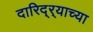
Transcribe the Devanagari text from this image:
दारिद्‌र्‍याच्या